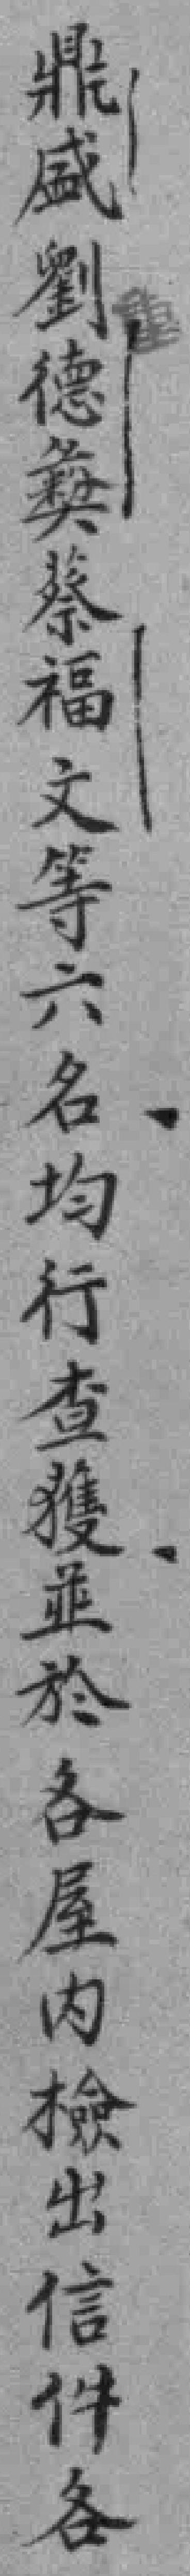
鼎盛劉德𢑱蔡福文等六名均行查獲並於各屋內檢出信件各